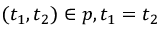
( t _ { 1 } , t _ { 2 } ) \in p , t _ { 1 } = t _ { 2 }